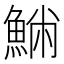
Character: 𩸁